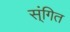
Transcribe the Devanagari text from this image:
स्ंगित